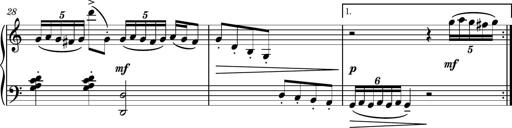
Title: Piano Sonatina No.3
Composer: Dimitri Sykias
Key: C major